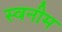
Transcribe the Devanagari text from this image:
स्वनीम